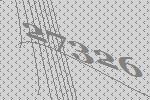
27326